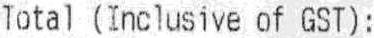
TOTAL (INCLUSIVE OF GST) :